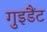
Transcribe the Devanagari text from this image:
गुइडैंट